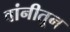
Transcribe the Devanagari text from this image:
वांनीतून